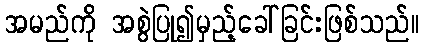
အမည်ကို အစွဲပြု၍မှည့်ခေါ်ခြင်းဖြစ်သည်။